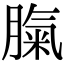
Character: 𦞝